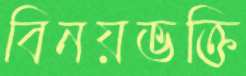
বিনয়ভক্তি